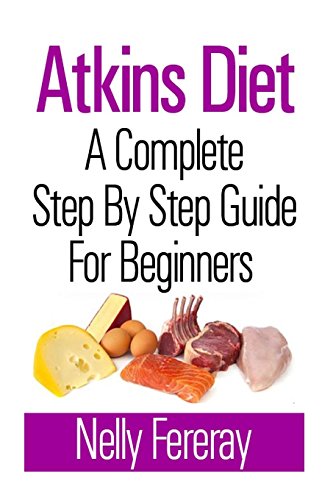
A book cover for Atkins Diet: A Complete Step By Step Guide for Beginners; Nelly Fereray; Health, Fitness & Dieting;